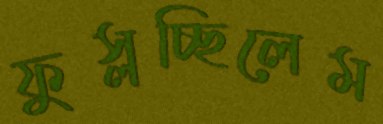
ফুস্‌লচ্ছিলেম